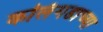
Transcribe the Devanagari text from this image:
कलिंगडाच्या